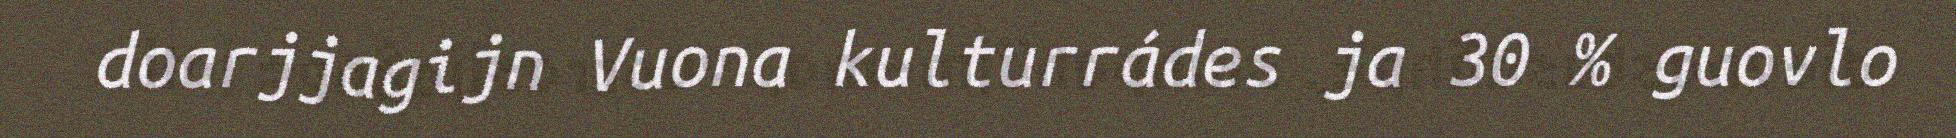
doarjjagijn Vuona kulturrádes ja 30 % guovlo